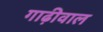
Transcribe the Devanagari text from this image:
गाढ़ीवाल